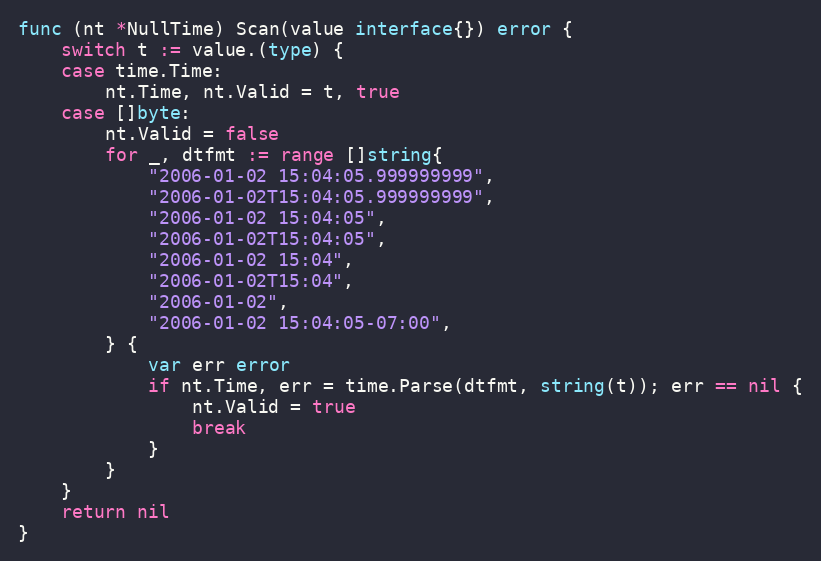
Language: Go
func (nt *NullTime) Scan(value interface{}) error {
	switch t := value.(type) {
	case time.Time:
		nt.Time, nt.Valid = t, true
	case []byte:
		nt.Valid = false
		for _, dtfmt := range []string{
			"2006-01-02 15:04:05.999999999",
			"2006-01-02T15:04:05.999999999",
			"2006-01-02 15:04:05",
			"2006-01-02T15:04:05",
			"2006-01-02 15:04",
			"2006-01-02T15:04",
			"2006-01-02",
			"2006-01-02 15:04:05-07:00",
		} {
			var err error
			if nt.Time, err = time.Parse(dtfmt, string(t)); err == nil {
				nt.Valid = true
				break
			}
		}
	}
	return nil
}